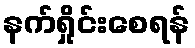
နက်ရှိုင်းစေရန်